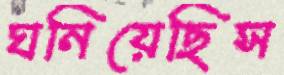
ঘনিয়েছিস